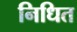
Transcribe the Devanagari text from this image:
निधित